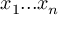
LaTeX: x _ { 1 } . . . x _ { n }